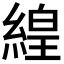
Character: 𬗬